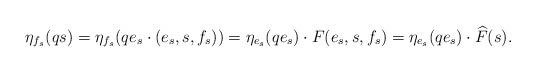
LaTeX: \begin{align*} \eta_{f_s}(qs)=\eta_{f_s}(qe_s\cdot (e_s,s,f_s))= \eta_{e_s}(qe_s)\cdot F(e_s,s,f_s) =\eta_{e_s}(qe_s)\cdot\widehat F(s). \end{align*}